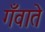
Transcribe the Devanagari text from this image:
गँवाते